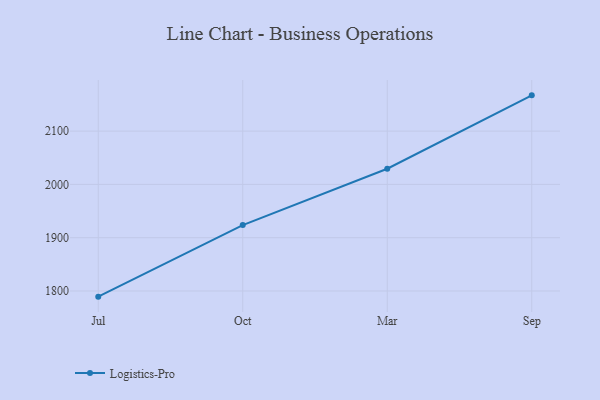
{"axis": {"x": "Month", "y": "Net Income (USD K)"}, "legend": ["Logistics-Pro"], "data": [{"x": "Jul", "y": 1789.4, "type": "Logistics-Pro"}, {"x": "Oct", "y": 1923.7, "type": "Logistics-Pro"}, {"x": "Mar", "y": 2029.4, "type": "Logistics-Pro"}, {"x": "Sep", "y": 2167.1, "type": "Logistics-Pro"}]}